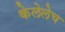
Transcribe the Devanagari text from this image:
केलेलेच